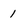
Character: 1